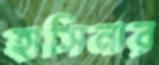
হাসিনার